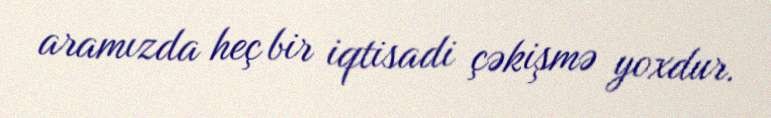
aramızda heç bir iqtisadi çəkişmə yoxdur.